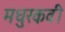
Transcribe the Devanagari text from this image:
मधुरकवी